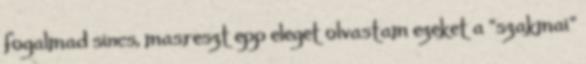
fogalmad sincs, masreszt epp eleget olvastam ezeket a "szakmai"